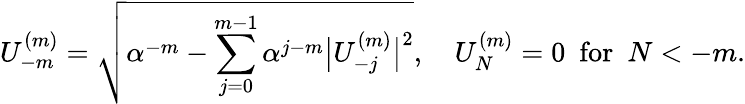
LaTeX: U_{-m}^{(m)}=\sqrt{\alpha^{-m}-\sum_{j=0}^{m-1}\alpha^{j-m}\big|U_{-j}^{(m)}\big|^{2}},\quad U_{N}^{(m)}=0\ \ \textrm{for}\ \ N<-m.